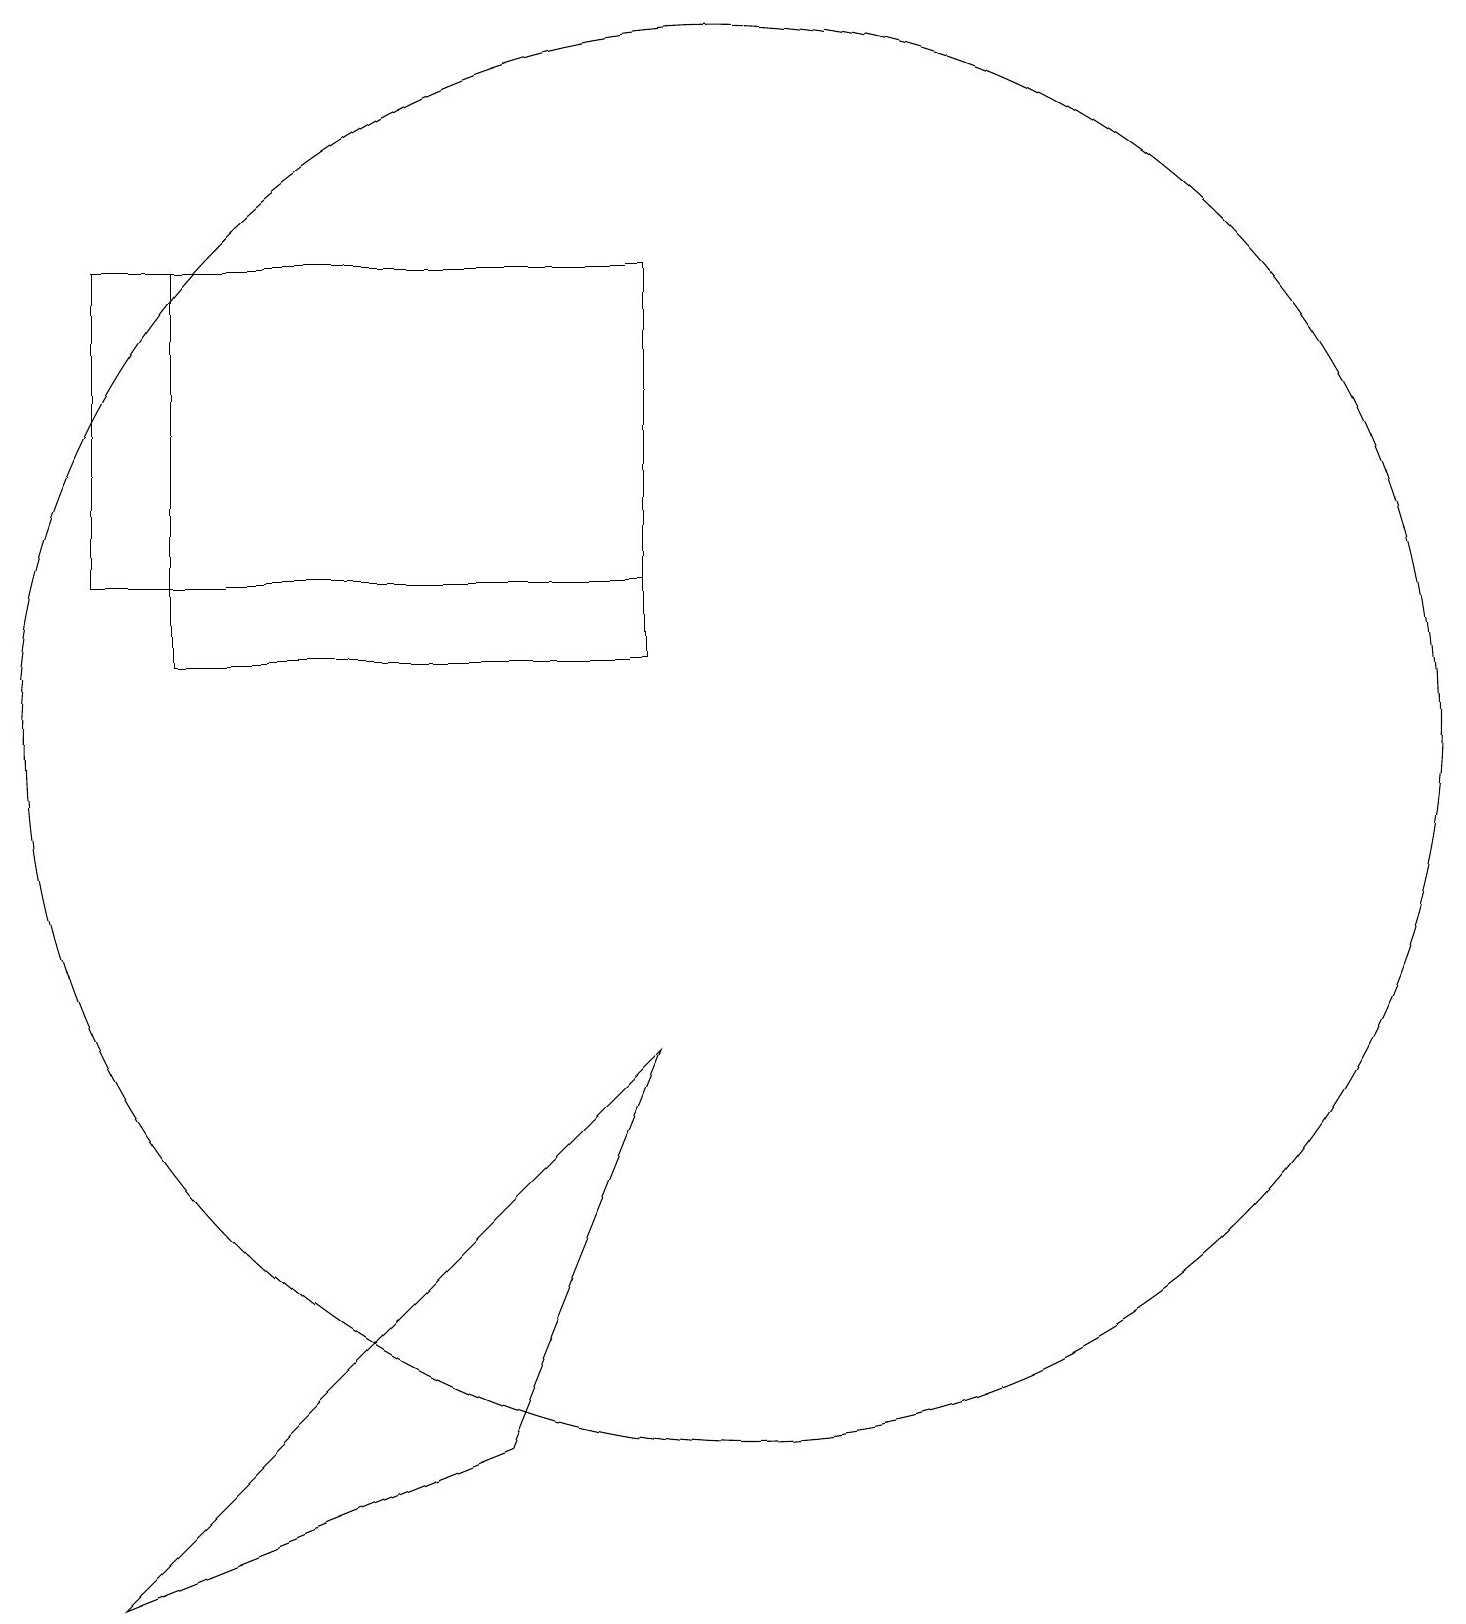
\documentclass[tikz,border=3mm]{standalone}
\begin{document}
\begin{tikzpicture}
\draw (10,11) circle (9);
\draw (2,13) rectangle (9,17);
\draw (9,12) rectangle (3,17);
\draw (9,7) -- (7,2) -- (2,0) -- cycle;
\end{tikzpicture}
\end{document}